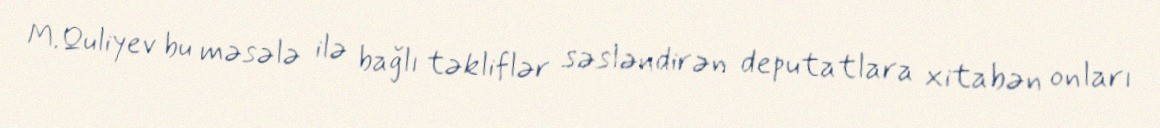
M.Quliyev bu məsələ ilə bağlı təkliflər səsləndirən deputatlara xitabən onları